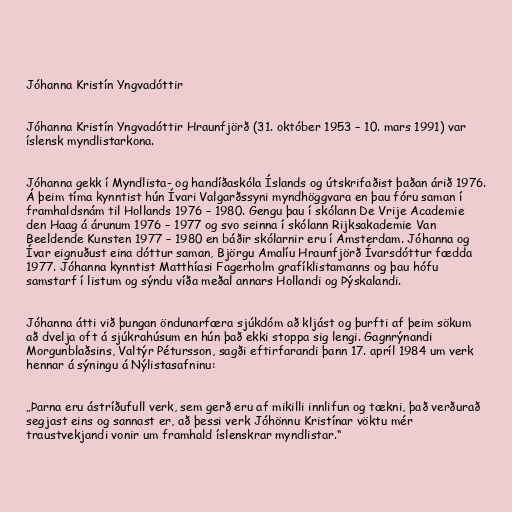
Jóhanna Kristín Yngvadóttir

Jóhanna Kristín Yngvadóttir Hraunfjörð (31. október 1953 – 10. mars 1991) var
íslensk myndlistarkona.

Jóhanna gekk í Myndlista- og handíðaskóla Íslands og útskrifaðist þaðan árið 1976.
Á þeim tíma kynntist hún Ívari Valgarðssyni myndhöggvara en þau fóru saman í
framhaldsnám til Hollands 1976 – 1980. Gengu þau í skólann De Vrije Academie
den Haag á árunum 1976 – 1977 og svo seinna í skólann Rijksakademie Van
Beeldende Kunsten 1977 – 1980 en báðir skólarnir eru í Amsterdam. Jóhanna og
Ívar eignuðust eina dóttur saman, Björgu Amalíu Hraunfjörð Ívarsdóttur fædda
1977. Jóhanna kynntist Matthíasi Fagerholm grafíklistamanns og þau hófu
samstarf í listum og sýndu víða meðal annars Hollandi og Þýskalandi.

Jóhanna átti við þungan öndunarfæra sjúkdóm að kljást og þurfti af þeim sökum
að dvelja oft á sjúkrahúsum en hún það ekki stoppa sig lengi. Gagnrýnandi
Morgunblaðsins, Valtýr Pétursson, sagði eftirfarandi þann 17. apríl 1984 um verk
hennar á sýningu á Nýlistasafninu:

„Þarna eru ástríðufull verk, sem gerð eru af mikilli innlifun og tækni, það verðurað
segjast eins og sannast er, að þessi verk Jóhönnu Kristínar vöktu mér
traustvekjandi vonir um framhald íslenskrar myndlistar.“